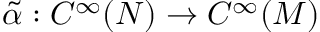
\tilde { \alpha } : C ^ { \infty } ( N ) \to C ^ { \infty } ( M )